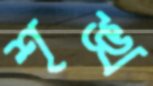
শৃঙ্খ